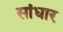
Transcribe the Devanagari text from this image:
सांधार